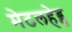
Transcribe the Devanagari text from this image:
मेटलहेड्स